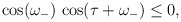
\begin{align*}\cos(\omega_-)\,\cos(\tau+\omega_-)\leq 0,\end{align*}